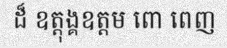
ដ៏ ឧត្តុង្គឧត្តម ពោ ពេញ